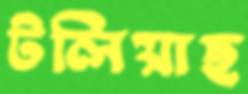
টলিয়াছ